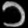
Digit: ၁